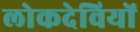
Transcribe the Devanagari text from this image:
लोकदेवियों